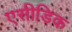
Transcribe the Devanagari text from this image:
एसीडिक